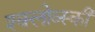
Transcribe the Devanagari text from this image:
श्क्लोव्स्की